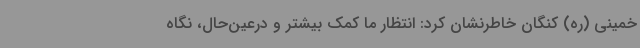
خمینی (ره) کنگان خاطرنشان کرد: انتظار ما کمک بیشتر و درعین‌حال، نگاه